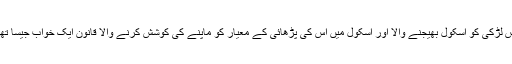
اس لڑکی کو اسکول بھیجنے والا اور اسکول میں اس کی پڑھائی کے معیار کو ماپنے کی کوشش کرنے والا قانون ایک خواب جیسا تھا۔